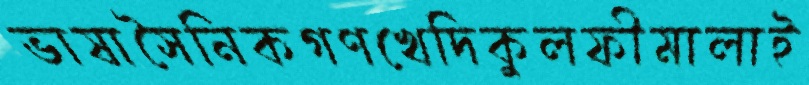
ভাষাসৈনিকগণখেদিকুলফীমালাই